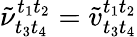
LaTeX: \tilde{\nu}_{t_{3}t_{4}}^{t_{1}t_{2}}=\tilde{v}_{t_{3}t_{4}}^{t_{1}t_{2}}